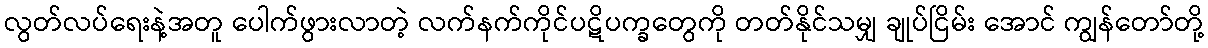
လွတ်လပ်ရေးနဲ့အတူ ပေါက်ဖွားလာတဲ့ လက်နက်ကိုင်ပဋိပက္ခတွေကို တတ်နိုင်သမျှ ချုပ်ငြိမ်း အောင် ကျွန်တော်တို့